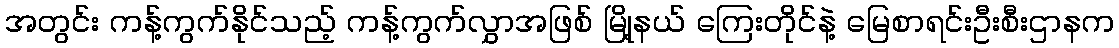
အတွင်း ကန့်ကွက်နိုင်သည့် ကန့်ကွက်လွှာအဖြစ် မြို့နယ် ကြေးတိုင်နဲ့ မြေစာရင်းဦးစီးဌာနက